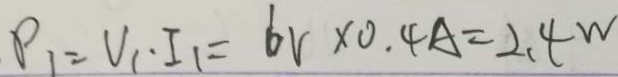
\rho _ { 1 } = V _ { 1 } \cdot I _ { 1 } = 6 v \times 0 . 4 A = 2 . 4 w